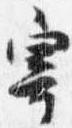
寄